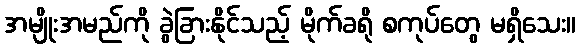
အမျိုးအမည်ကို ခွဲခြားနိုင်သည့် မိုက်ခရို စကုပ်တွေ မရှိသေး။